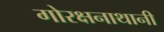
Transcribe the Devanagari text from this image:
गोरक्षनाथानी